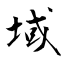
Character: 域